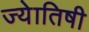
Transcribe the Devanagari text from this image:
ज्‍येातिषी